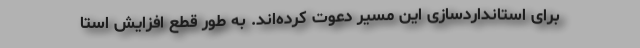
برای استانداردسازی این مسیر دعوت کرده‌اند. به طور قطع افزایش استا